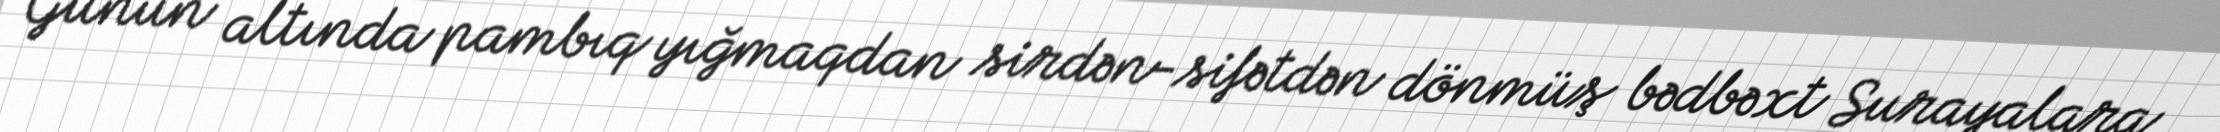
Günün altında pambıq yığmaqdan sirdən-sifətdən dönmüş bədbəxt Surayalara